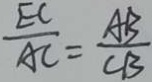
\frac { E C } { A C } = \frac { A B } { C B }